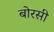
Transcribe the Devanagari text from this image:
बोरसी